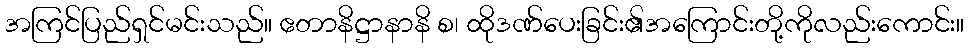
အကြင်ပြည်ရှင်မင်းသည်။ ဧတာနိဋ္ဌာနာနိ စ၊ ထိုဒဏ်ပေးခြင်း၏အကြောင်းတို့ကိုလည်းကောင်း။